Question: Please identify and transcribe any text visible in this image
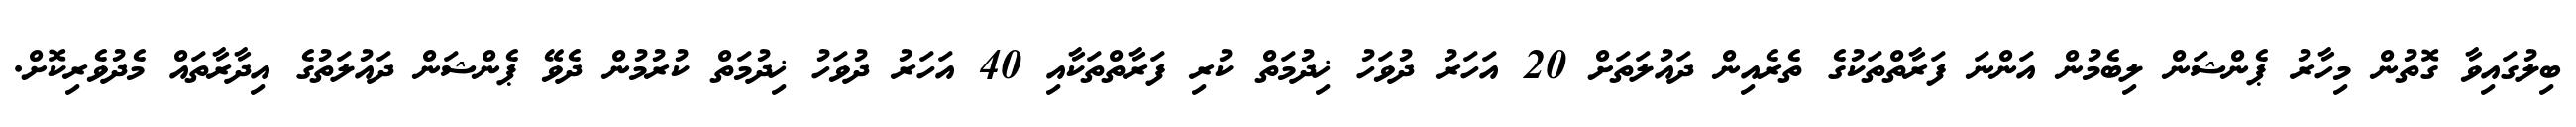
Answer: ބިލުގައިވާ ގޮތުން މިހާރު ޕެންޝަން ލިބެމުން އަންނަ ފަރާތްތަކުގެ ތެރެއިން ދައުލަތަށް 20 އަހަރު ދުވަހު ޚިދުމަތް ކުރި ފަރާތްތަކާއި 40 އަހަރު ދުވަހު ޚިދުމަތް ކުރުމުން ދެވޭ ޕެންޝަން ދައުލަތުގެ އިދާރާތައް މެދުވެރިކޮށް.